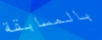
بالمسابقة